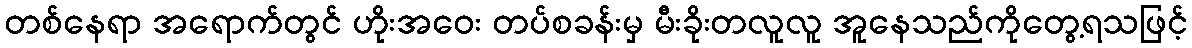
တစ်နေရာ အရောက်တွင် ဟိုးအဝေး တပ်စခန်းမှ မီးခိုးတလူလူ အူနေသည်ကိုတွေ့ရသဖြင့်